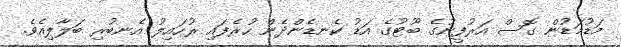
މަޑުމަޑުން ގޮސް އަރުފީނުގެ ބޫޓުގެ އަޑު ކެނޑެންދެން ހުރެފައި ރުހައިލު އެނބުރި ބަލާލިއެވެ.